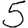
Digit: 5